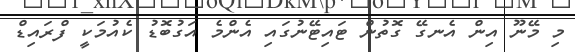
މި މޭނޫ އިން އެނގޭ ގޮތުން ޓައިޓޭނުގައި އެންމެ އަގުބޮޑު ކެއުމަކީ ފްރައިޑް